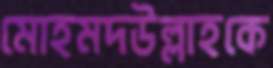
মোহমদউল্লাহকে